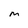
Character: M